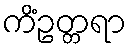
ကိံဥတ္တရာ